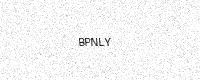
Text: BPNLY